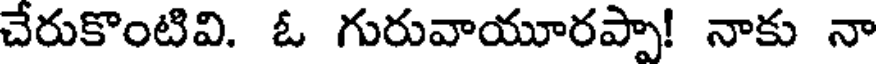
చేరుకొంటివి. ఓ గురువాయూరప్పా! నాకు నా